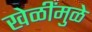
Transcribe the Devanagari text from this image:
खेळींमुळे